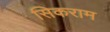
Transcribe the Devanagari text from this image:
सिकराम